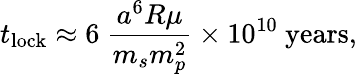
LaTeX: t_{\mathrm{lock}}\approx 6\ {\frac{a^{6}R\mu}{m_{s}m_{p}^{2}}}\times 10^{10}\ {\mathrm{years}},